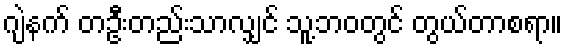
ဂျဲနက် တဦးတည်းသာလျှင် သူ့ဘဝတွင် တွယ်တာစရာ။